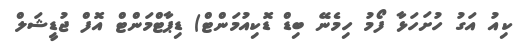
ކިއު އަގު ހުށަހަޅާ ފޯމު ހިމެނޭ ބިޑް ޑޮކިއުމަންޓް) ޑިޕާޓްމަންޓް އޮފް ޖުޑީޝަލް